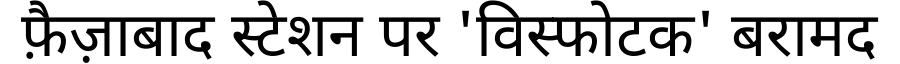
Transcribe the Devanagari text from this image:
फ़ैज़ाबाद स्टेशन पर 'विस्फोटक' बरामद